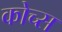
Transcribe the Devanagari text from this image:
कोच्स